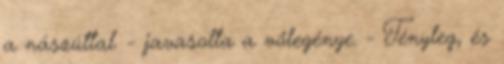
a nászúttal. - javasolta a vőlegénye. - Tényleg, és